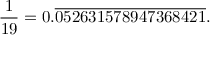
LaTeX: { \frac { 1 } { 1 9 } } = 0 . { \overline { { 0 5 2 6 3 1 5 7 8 9 4 7 3 6 8 4 2 1 } } } .